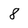
Character: 8